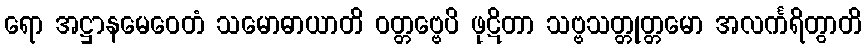
ရော အဋ္ဌာနမေဝေတံ သမောဓာယာတိ ဝတ္တဗ္ဗေပိ ဖုဋိတာ သဗ္ဗသတ္တုတ္တမော အလင်္ကရိတွာတိ